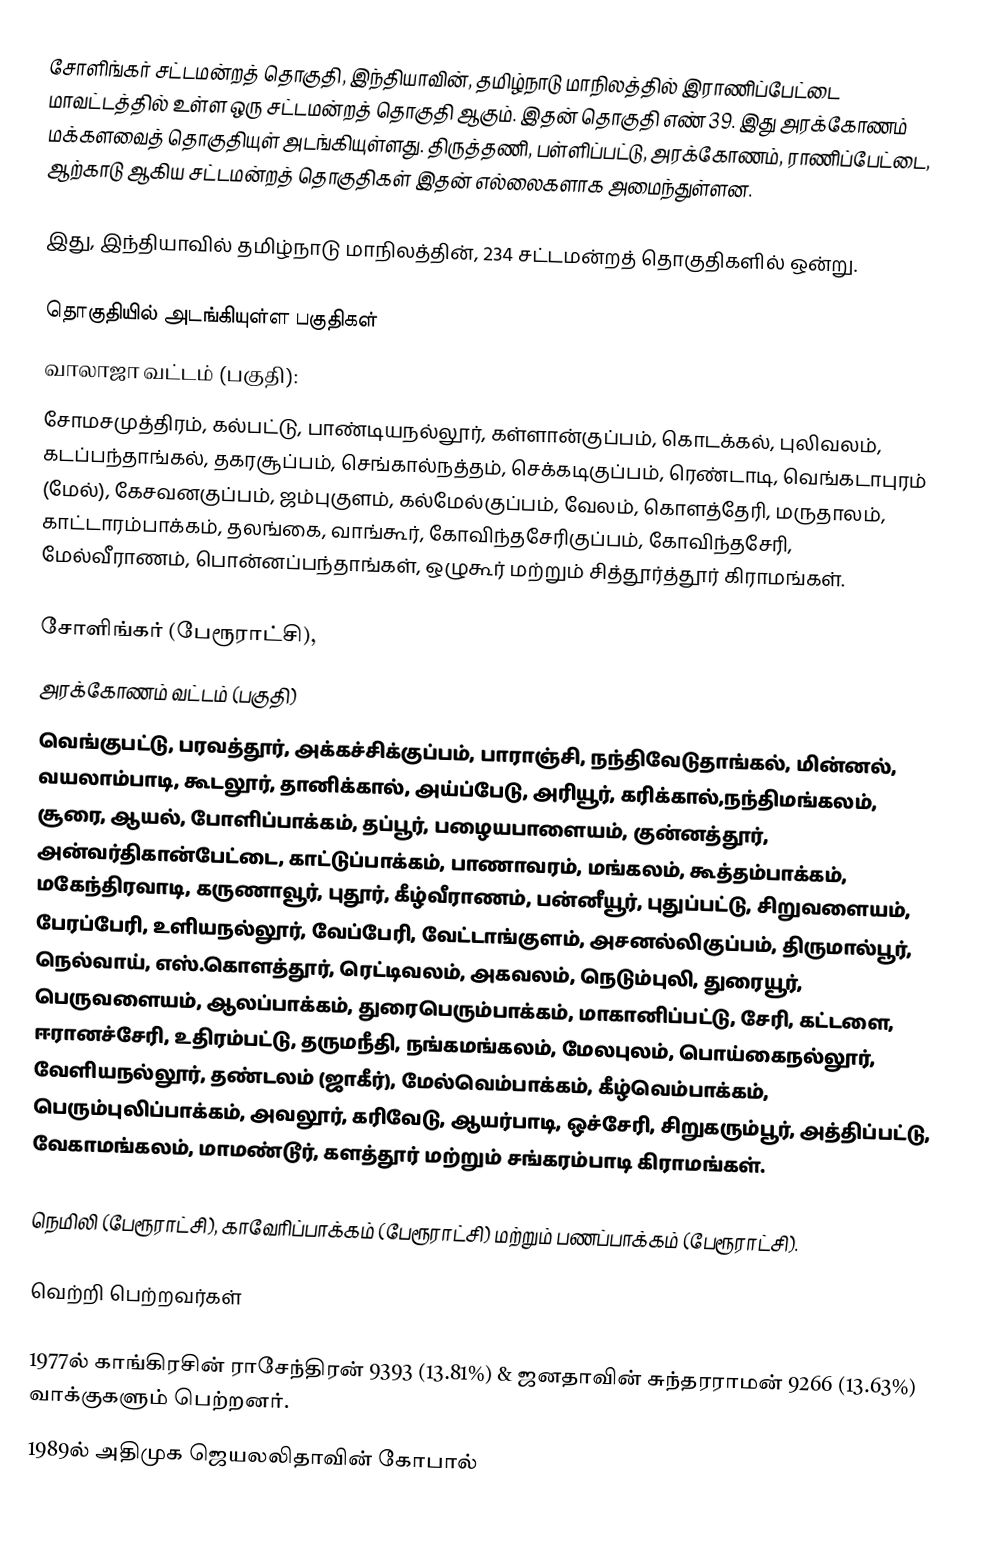
சோளிங்கர் சட்டமன்றத் தொகுதி, இந்தியாவின், தமிழ்நாடு மாநிலத்தில்  இராணிப்பேட்டை மாவட்டத்தில் உள்ள ஒரு சட்டமன்றத் தொகுதி ஆகும். இதன் தொகுதி எண் 39. இது அரக்கோணம் மக்களவைத் தொகுதியுள் அடங்கியுள்ளது. திருத்தணி, பள்ளிப்பட்டு, அரக்கோணம், ராணிப்பேட்டை, ஆற்காடு ஆகிய சட்டமன்றத் தொகுதிகள் இதன் எல்லைகளாக அமைந்துள்ளன.

இது, இந்தியாவில் தமிழ்நாடு மாநிலத்தின், 234 சட்டமன்றத் தொகுதிகளில் ஒன்று.

தொகுதியில் அடங்கியுள்ள பகுதிகள்
வாலாஜா வட்டம் (பகுதி):
சோமசமுத்திரம், கல்பட்டு, பாண்டியநல்லூர், கள்ளான்குப்பம், கொடக்கல், புலிவலம், கடப்பந்தாங்கல், தகரசூப்பம், செங்கால்நத்தம், செக்கடிகுப்பம், ரெண்டாடி, வெங்கடாபுரம் (மேல்), கேசவனகுப்பம், ஜம்புகுளம், கல்மேல்குப்பம், வேலம், கொளத்தேரி, மருதாலம், காட்டாரம்பாக்கம், தலங்கை, வாங்கூர், கோவிந்தசேரிகுப்பம், கோவிந்தசேரி, மேல்வீராணம், பொன்னப்பந்தாங்கள், ஒழுகூர் மற்றும் சித்தூர்த்தூர் கிராமங்கள்.

சோளிங்கர் (பேரூராட்சி),
அரக்கோணம் வட்டம் (பகுதி)
வெங்குபட்டு, பரவத்தூர், அக்கச்சிக்குப்பம், பாராஞ்சி, நந்திவேடுதாங்கல், மின்னல், வயலாம்பாடி, கூடலூர், தானிக்கால், அய்ப்பேடு, அரியூர், கரிக்கால்,நந்திமங்கலம், சூரை, ஆயல், போளிப்பாக்கம், தப்பூர், பழையபாளையம், குன்னத்தூர், அன்வர்திகான்பேட்டை, காட்டுப்பாக்கம், பாணாவரம், மங்கலம், கூத்தம்பாக்கம், மகேந்திரவாடி, கருணாவூர், புதூர், கீழ்வீராணம், பன்னீயூர், புதுப்பட்டு, சிறுவளையம், பேரப்பேரி, உளியநல்லூர், வேப்பேரி, வேட்டாங்குளம், அசனல்லிகுப்பம், திருமால்பூர், நெல்வாய், எஸ்.கொளத்தூர், ரெட்டிவலம், அகவலம், நெடும்புலி, துரையூர், பெருவளையம், ஆலப்பாக்கம், துரைபெரும்பாக்கம், மாகானிப்பட்டு, சேரி, கட்டளை, ஈரானச்சேரி, உதிரம்பட்டு, தருமநீதி, நங்கமங்கலம், மேலபுலம், பொய்கைநல்லூர், வேளியநல்லூர், தண்டலம் (ஜாகீர்), மேல்வெம்பாக்கம், கீழ்வெம்பாக்கம், பெரும்புலிப்பாக்கம், அவலூர், கரிவேடு, ஆயர்பாடி, ஒச்சேரி, சிறுகரும்பூர், அத்திப்பட்டு, வேகாமங்கலம், மாமண்டூர், களத்தூர் மற்றும் சங்கரம்பாடி கிராமங்கள்.

நெமிலி (பேரூராட்சி), காவேரிப்பாக்கம் (பேரூராட்சி) மற்றும் பணப்பாக்கம் (பேரூராட்சி).

வெற்றி பெற்றவர்கள்

1977ல் காங்கிரசின் ராசேந்திரன் 9393 (13.81%)  & ஜனதாவின் சுந்தரராமன் 9266 (13.63%) வாக்குகளும் பெற்றனர்.
1989ல் அதிமுக ஜெயலலிதாவின் கோபால்